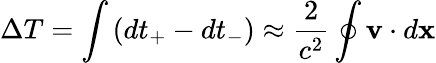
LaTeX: \Delta T=\int\left(dt_{+}-dt_{-}\right)\approx{\frac{2}{c^{2}}}\oint\mathbf{v}\cdot d\mathbf{x}